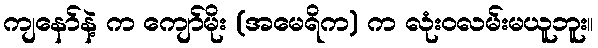
ကျနော်နဲ့ က ကျော်မိုး (အမေရိက) က လုံးဝလမ်းမယူဘူး။